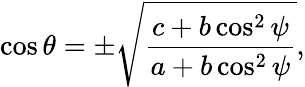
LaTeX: \cos\theta=\pm\sqrt{\frac{c+b\cos^{2}\psi}{a+b\cos^{2}\psi}},